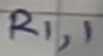
Text: R1,1